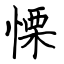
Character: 慄